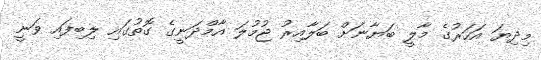
މިދިޔަ އަހަރުގެ މާލީ ބަޔާނަށް ބަލާއިރު ޖުމުލަ އާމްދަނީގެ ގޮތުގައި ލިބިފައި ވަނީ